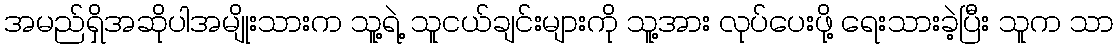
အမည်ရှိအဆိုပါအမျိုးသားက သူ့ရဲ့ သူငယ်ချင်းများကို သူ့အား လုပ်ပေးဖို့ ရေးသားခဲ့ပြီး သူက သာ